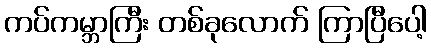
ကပ်ကမ္ဘာကြီး တစ်ခုလောက် ကြာပြီပေါ့